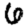
Digit: 6